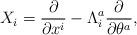
LaTeX: \begin{align*}X_i = \frac{\partial }{\partial x^i} - \Lambda_i^a \frac{\partial}{\partial \theta^a},\end{align*}